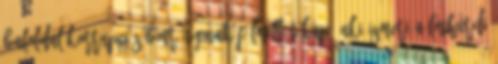
baloldal korrupciós botrányának Félmilliót kap, aki ismeri a lothardi